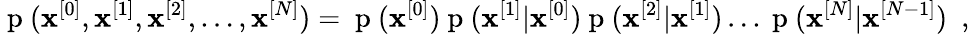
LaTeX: \mathrm{~p~}(\mathbf{x}^{[0]},\mathbf{x}^{[1]},\mathbf{x}^{[2]},\ldots,\mathbf{x}^{[N]})=\mathrm{~p~}(\mathbf{x}^{[0]})\mathrm{~p~}(\mathbf{x}^{[1]}|\mathbf{x}^{[0]})\mathrm{~p~}(\mathbf{x}^{[2]}|\mathbf{x}^{[1]})\ldots\mathrm{~p~}(\mathbf{x}^{[N]}|\mathbf{x}^{[N-1]})\enspace,